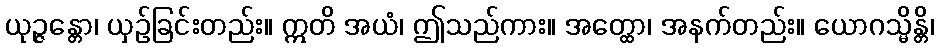
ယုဉ္ဇန္တော၊ ယှဉ်ခြင်းတည်း။ ဣတိ အယံ၊ ဤသည်ကား။ အတ္ထော၊ အနက်တည်း။ ယောဂသ္မိန္တိ၊